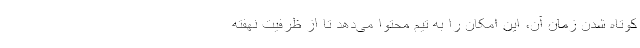
کوتاه شدن زمان آن، این امکان را به تیم محتوا می‌دهد تا از ظرفیت نهفته